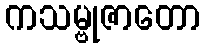
ကသမ္ဗုဇာတော